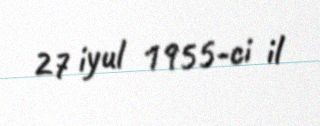
27 iyul 1955-ci il